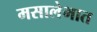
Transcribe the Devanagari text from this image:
मसालेभात